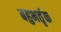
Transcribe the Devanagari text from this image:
बहुभर्तृक